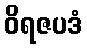
ဝိရဇပဒံ